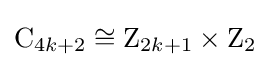
\mathrm {C} _{4k+2}\cong \mathrm {Z} _{2k+1}\times \mathrm {Z} _{2}